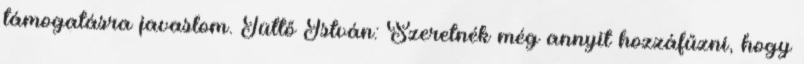
támogatásra javaslom. Tüttő István: Szeretnék még annyit hozzáfűzni, hogy